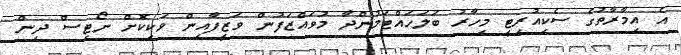
އެ އިމާރާތުގެ ސެކިއުރިޓީ މިހާރު ބަލަހައްޓަމުންދާ މުވައްޒަފުން ވަޒީފާއިން ވަކިކޮށް ނޯޓިސް ދިން